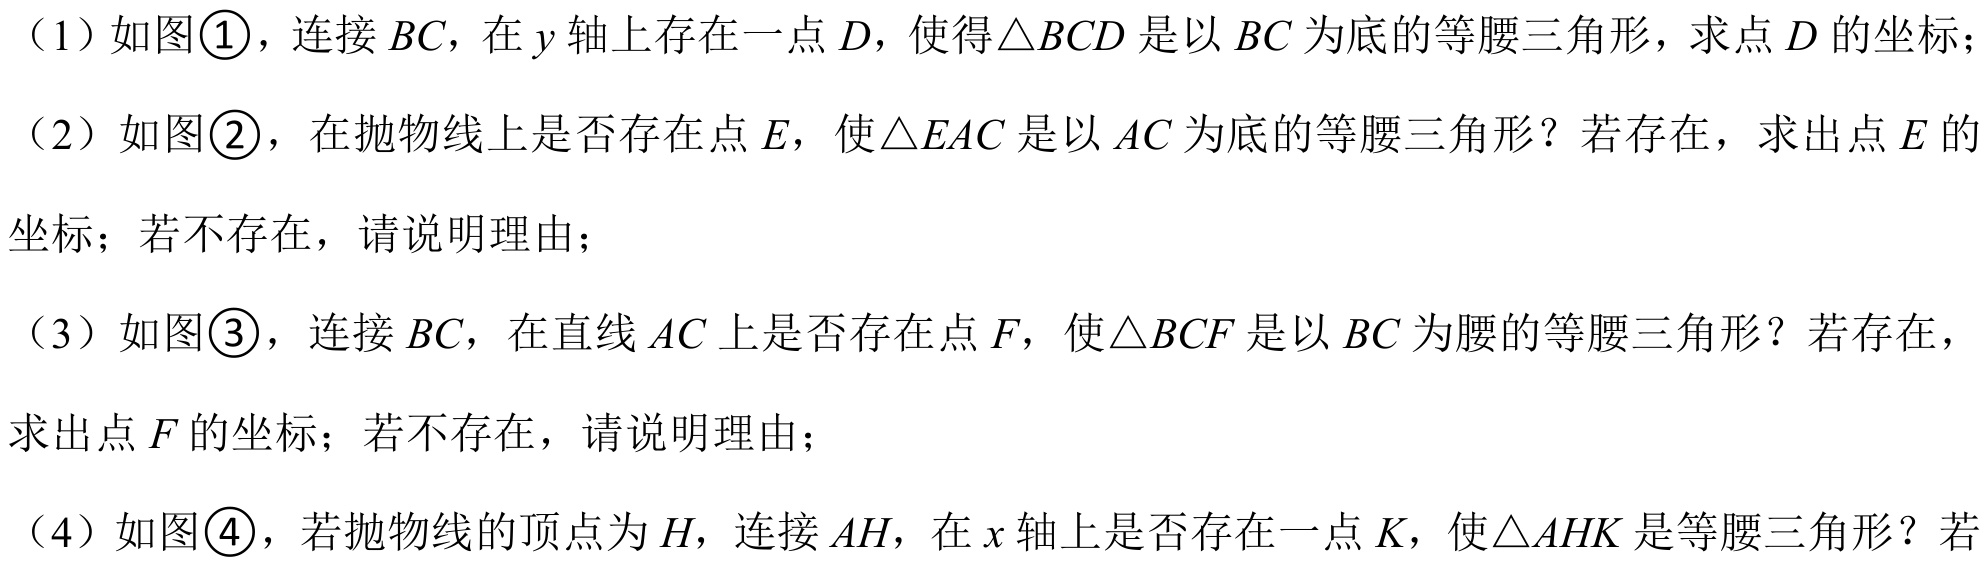
（1）如图\textcircled{1}，连接\(BC\)，在\(y\)轴上存在一点\(D\)，使得\(\triangle BCD\)是以\(BC\)为底的等腰三角形，求点\(D\)的坐标；
（2）如图\textcircled{2}，在抛物线上是否存在点\(E\)，使\(\triangle EAC\)是以\(AC\)为底的等腰三角形？若存在，求出点\(E\)的坐标；若不存在，请说明理由；
（3）如图\textcircled{3}，连接\(BC\)，在直线\(AC\)上是否存在点\(F\)，使\(\triangle BCF\)是以\(BC\)为腰的等腰三角形？若存在，求出点\(F\)的坐标；若不存在，请说明理由；
（4）如图\textcircled{4}，若抛物线的顶点为\(H\)，连接\(AH\)，在\(x\)轴上是否存在一点\(K\)，使\(\triangle AHK\)是等腰三角形？若